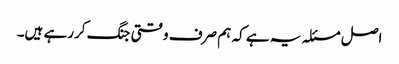
اصل مسئلہ یہ ہے کہ ہم صرف وقتی جنگ کررہے ہیں۔